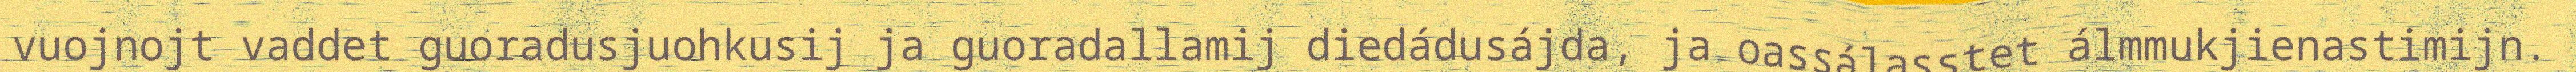
vuojnojt vaddet guoradusjuohkusij ja guoradallamij diedádusájda, ja oassálasstet álmmukjienastimijn.